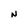
Character: N